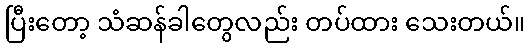
ပြီးတော့ သံဆန်ခါတွေလည်း တပ်ထား သေးတယ်။